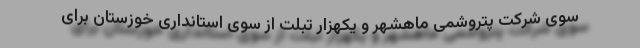
سوی شرکت پتروشمی ماهشهر و یکهزار تبلت از سوی استانداری خوزستان برای